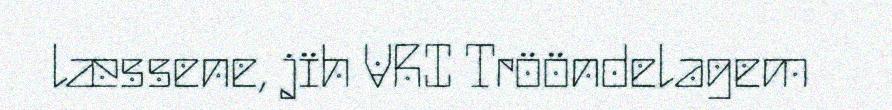
læssene, jïh VRI Trööndelagem